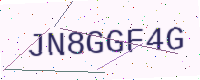
Text: JN8GGF4G